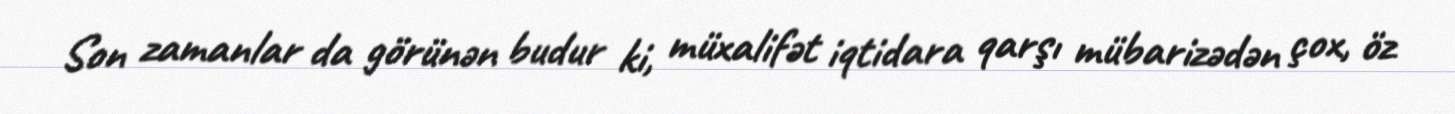
Son zamanlar da görünən budur ki, müxalifət iqtidara qarşı mübarizədən çox, öz